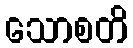
သောစတိ